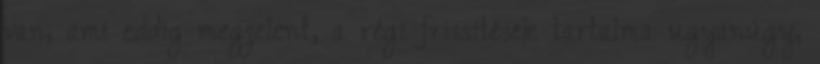
van, ami eddig megjelent, a régi frissítések tartalma ugyanúgy,